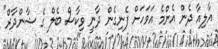
އާލިއާ ދެން އެންމެ އަވަހަށް ފެނިގެން ދާނީ ވިކާސް ބެލް ގެ ޝާންދާރް"